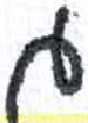
אות: ד